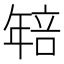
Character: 𭙄